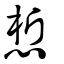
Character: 惁